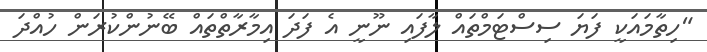
"ހިތާމައަކީ ފަޔަ ސިސްޓަމްތައް ލާފައި ނޫނީ އެ ފަދަ އިމާރާތްތައް ބޭނުންކުރަން ހުއްދަ